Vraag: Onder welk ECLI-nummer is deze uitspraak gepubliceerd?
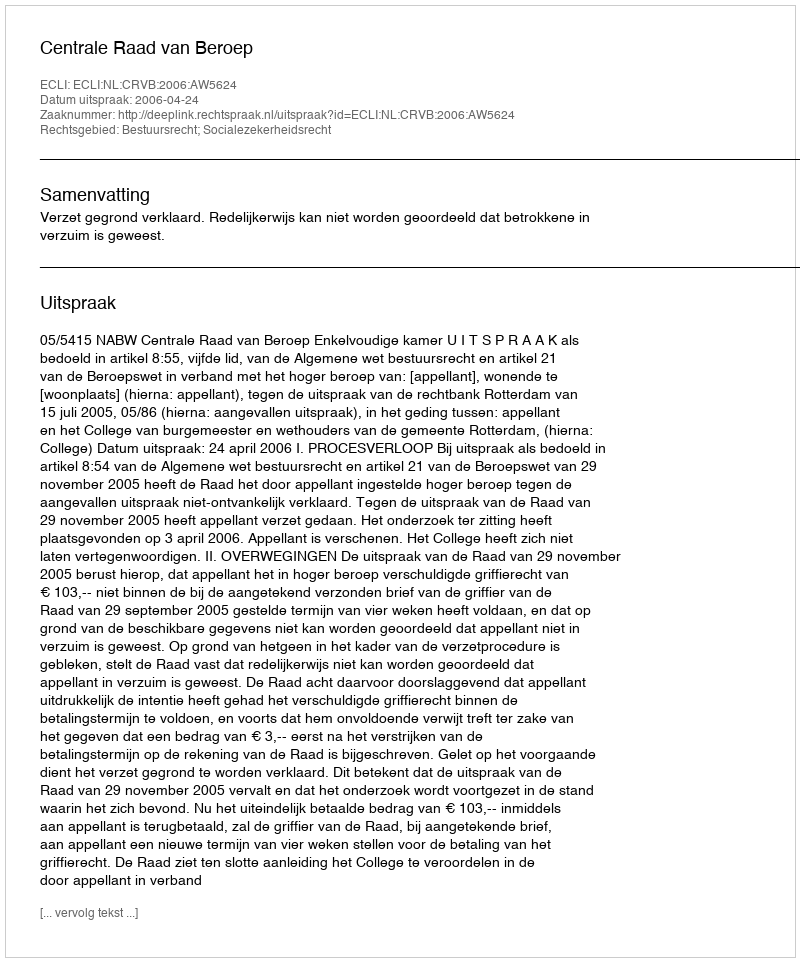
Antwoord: ECLI:NL:CRVB:2006:AW5624